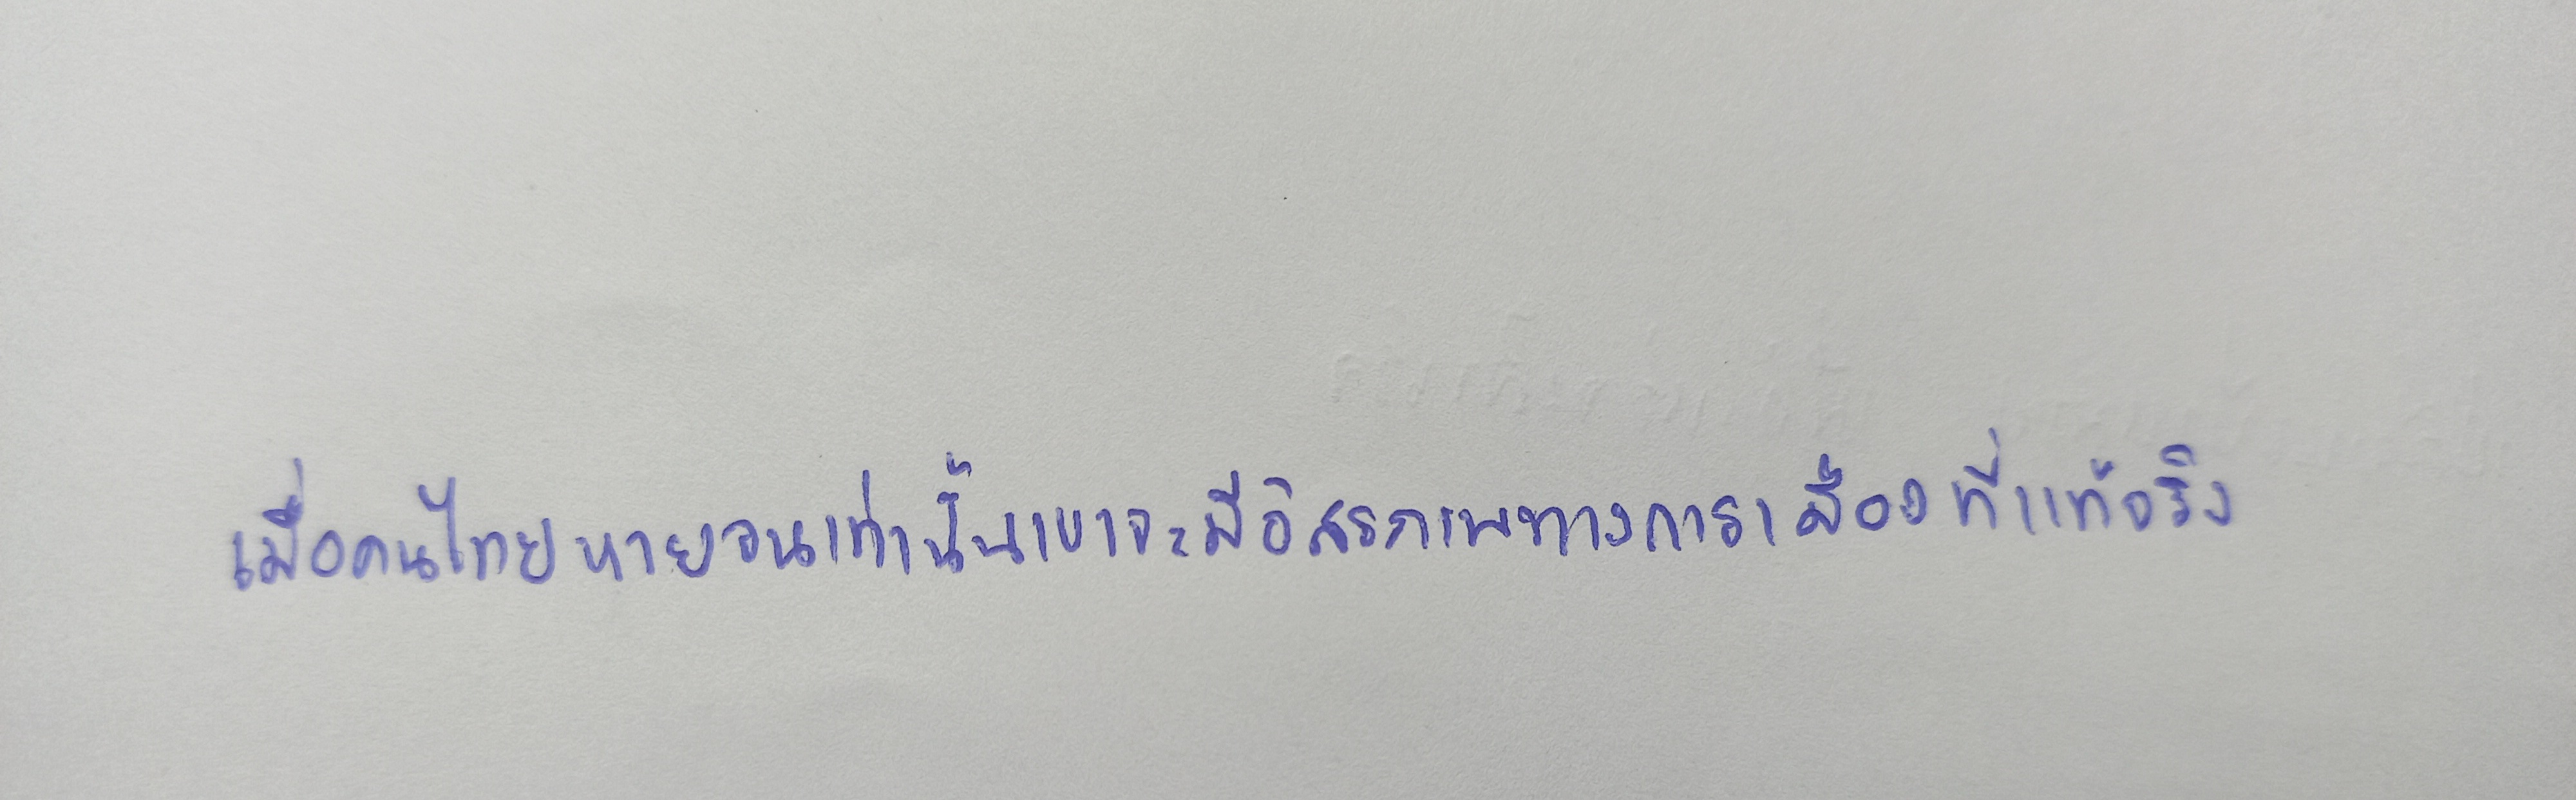
เมื่อคนไทยหายจนเท่านั้นเขาจะมีอิสรภาพทางการเมืองที่แท้จริง